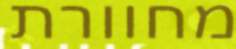
מחוורת